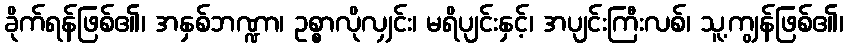
ခိုက်ရန်ဖြစ်၏၊ အနှစ်ဘဏ္ဍာ၊ ဥစ္စာလိုလျှင်း၊ မရိပျင်းနှင့်၊ အပျင်းကြီးလစ်၊ သူ့ကျွန်ဖြစ်၏၊